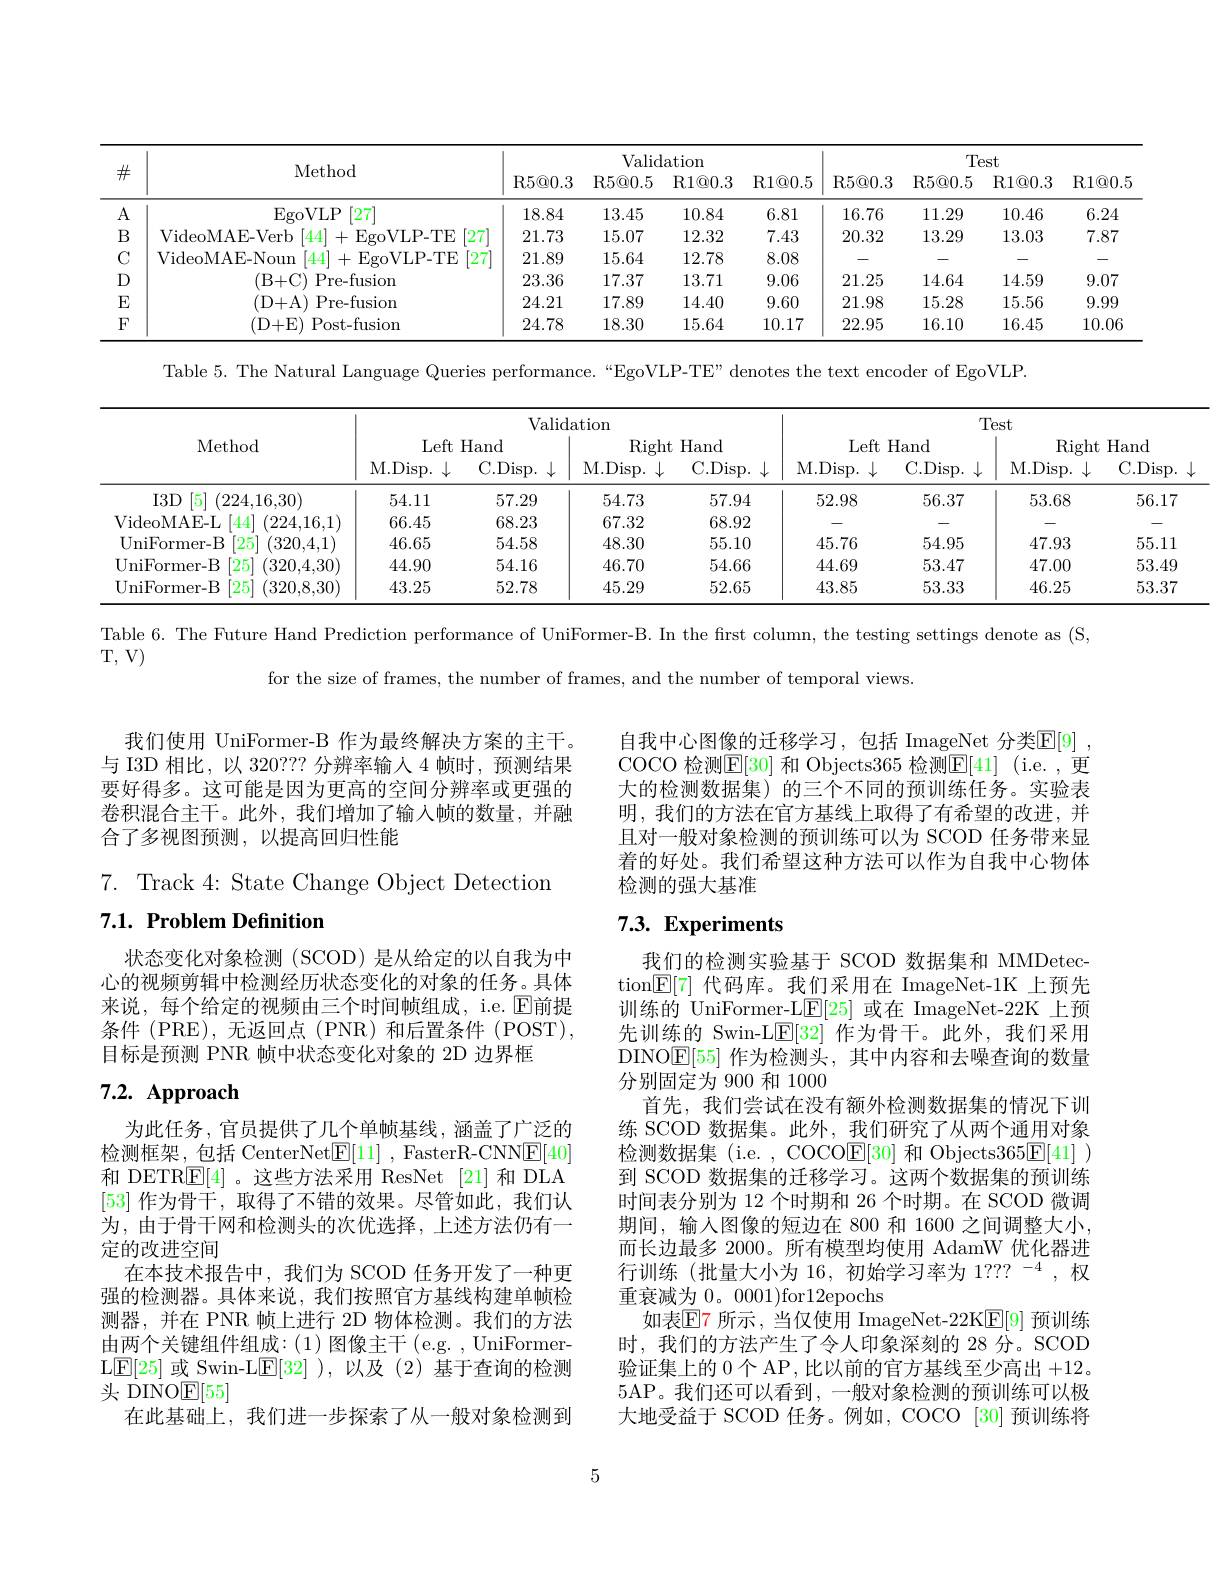
<table>
	<tbody>
		<tr>
			<th rowspan="2">$\#$</th>
			<th rowspan="2">Method</th>
			<th colspan="4">Validation</th>
			<th colspan="4">Test</th>
		</tr>
		<tr>
			<th>${\mathrm{R5@0.3}}$</th>
			<th>R5@ 0. 5</th>
			<th>${\mathrm{R1@0.3}}$</th>
			<th>R1@ 0. 5</th>
			<th>${\mathrm{R5@0.3}}$</th>
			<th>R5@ 0. 5</th>
			<th>R1@ 0. 3</th>
			<th>R1@ 0. 5</th>
		</tr>
		<tr>
			<td>A</td>
			<td>EgoVLP $\left[27\right]$</td>
			<td>18.84</td>
			<td>13.45</td>
			<td>10.84</td>
			<td>6.81</td>
			<td>16.76</td>
			<td>11.29</td>
			<td>10.46</td>
			<td>6.24</td>
		</tr>
		<tr>
			<td>B</td>
			<td>444 .15 denMAE Verh VLP- TF $D_{-1}$ 27</td>
			<td>21.73</td>
			<td>15.07</td>
			<td>12.32</td>
			<td>7.43</td>
			<td>20.32</td>
			<td>13.29</td>
			<td>13.03</td>
			<td>7.87</td>
		</tr>
		<tr>
			<td>$C$ Y</td>
			<td>$eoMAE_{-}Nc$ oun AM $\mathrm{H}^{\prime}$ooV$\mathrm{L} _{\mathrm{P} }^{\prime }$H</td>
			<td>21.89</td>
			<td>15.64</td>
			<td>12.78</td>
			<td>8.08</td>
			<td> </td>
			<td> </td>
			<td> </td>
			<td> </td>
		</tr>
		<tr>
			<td>$D$</td>
			<td>Pre- fusion ( R+ ( C) </td>
			<td>23.36</td>
			<td>17.37</td>
			<td>13.71</td>
			<td>9.06</td>
			<td>21.25</td>
			<td>14.64</td>
			<td>14.59</td>
			<td>9.07</td>
		</tr>
		<tr>
			<td>E</td>
			<td>Pre- fusion (D+ A)</td>
			<td>24.21</td>
			<td>17.89</td>
			<td>14.40</td>
			<td>9.60</td>
			<td>21.98</td>
			<td>15.28</td>
			<td>15.56</td>
			<td>9.99</td>
		</tr>
		<tr>
			<td>$F$</td>
			<td>t- fusion $11+k$ Post</td>
			<td>24.78</td>
			<td>18.30</td>
			<td>15.64</td>
			<td>10.17</td>
			<td>22.95</td>
			<td>16.10</td>
			<td>16.45</td>
			<td>10.06</td>
		</tr>
	</tbody>
</table>

Table 5. The Natural Language Queries performance.“EgoVLP-TE” denotes the text encoder of EgoVLP.

<table>
	<tbody>
		<tr>
			<th rowspan="2">Method</th>
			<th colspan="4">Validation</th>
			<th colspan="4">Test</th>
		</tr>
		<tr>
			<th>Left M. Disp. $1.\downarrow$</th>
			<th>Hand C. Disp. $\downarrow$</th>
			<th>Right M. Disp. </th>
			<th>Hand C. Disp. 1.1.</th>
			<th>Left M. Disp. $\downarrow$</th>
			<th>Hand C. Disp. </th>
			<th>Right M. Disp. </th>
			<th>Hand C. Di</th>
		</tr>
		<tr>
			<td>$I3D$ $\left|5\right|$ (224,16,30)</td>
			<td>54.11</td>
			<td>57.29</td>
			<td>54.73</td>
			<td>57.94</td>
			<td>52.98</td>
			<td>56.37</td>
			<td>53.68</td>
			<td>56</td>
		</tr>
		<tr>
			<td>(224,16,1) VideoMAE-L [44]</td>
			<td>66.45</td>
			<td>68.23</td>
			<td>67.32</td>
			<td>68.92</td>
			<td> </td>
			<td> </td>
			<td> </td>
			<td> </td>
		</tr>
		<tr>
			<td>$\lceil25\rceil$ UniFormer- B (320,4,1)</td>
			<td>46.65</td>
			<td>54.58</td>
			<td>48.30</td>
			<td>55.10</td>
			<td>45.76</td>
			<td>54.95</td>
			<td>47.93</td>
			<td>55</td>
		</tr>
		<tr>
			<td>$[25^{\prime}$ UniFormer- B (320,4,30)</td>
			<td>44.90</td>
			<td>54.16</td>
			<td>46.70</td>
			<td>54.66</td>
			<td>44.69</td>
			<td>53.47</td>
			<td>47.00</td>
			<td>53</td>
		</tr>
		<tr>
			<td>$[25^{\prime}$ (320.8,30) UniFormer- B</td>
			<td>43.25</td>
			<td>52.78</td>
			<td>45.29</td>
			<td>52.65</td>
			<td>43.85</td>
			<td>53.33</td>
			<td>46.25</td>
			<td>53</td>
		</tr>
	</tbody>
</table>

Table 6. The Future Hand Prediction performance of UniFormer-B. In the first column, the testing settings denote as (S,

T, V)

for the size of frames, the number of frames, and the number of temporal views.

我们使用 UniFormer-B 作为最终解决方案的主干。与 I3D 相比，以 320??? 分辨率输人 4 帧时，预测结果要好得多。这可能是因为更高的空间分辨率或更强的卷积混合主干。此外，我们增加了输入帧的数量，并融合了多视图预测，以提高回归性能

自我中心图像的迁移学习，包括 ImageNet 分类$\mathbb{E}[9]$ COCO 检测$\overline{\mathrm{E}}[30]$ 和 Objects365 检测$\underline{\mathrm{E}}[41]$ (i.e.,更大的检测数据集)的三个不同的预训练任务。实验表明，我们的方法在官方基线上取得了有希望的改进，并且对一般对象检测的预训练可以为 SCOD 任务带来显着的好处。我们希望这种方法可以作为自我中心物体检测的强大基准

7. Track 4:State Change Object Detection
## 7.1. Problem Definition

# 7.3. Experiments

状态变化对象检测(SCOD)是从给定的以自我为中心的视频剪辑中检测经历状态变化的对象的任务。具体来说，每个给定的视频由三个时间帧组成，i.e. $\mathbb{E}$前提条件 (PRE),无返回点 (PNR)和后置条件 (POST), 目标是预测 PNR 帧中状态变化对象的 2D 边界框

# 7.2. Approach

我们的检测实验基于 SCOD 数据集和 MMDetection$\boxed{\mathbb{E}}[7]$代码库。我们采用在 ImageNet-1K 上预先训练的 UniFormer-L$\mathbb{E}[25]$或在 ImageNet-22K 上预先训练的 Swin-L$\underline{\mathrm{E}}[32]$作为骨干。此外，我们采用DINO$\mathbb{E}[55]$作为检测头，其中内容和去噪查询的数量分别固定为 900 和 1000
首先，我们尝试在没有额外检测数据集的情况下训练 SCOD 数据集。此外，我们研究了从两个通用对象检测数据集 (i.e. , COCO$\boxed{\mathrm{E}}[30]$和 Objects$365\boxed{\mathrm{F}}[41]$ ) 到 SCOD 数据集的迁移学习。这两个数据集的预训练时间表分别为 12 个时期和 26 个时期。在 SCOD 微调期间，输人图像的短边在 800 和 1600 之间调整大小， 而长边最多 2000。所有模型均使用 AdamW 优化器进行训练(批量大小为 16,初始学习率为 1??? $^-4$,权重衰减为0。0001)for12epochs
如表$\mathbb{E}$7 所示，当仅使用 ImageNet-22K$\mathbb{E}[9]$ 预训练时，我们的方法产生了令人印象深刻的 28 分。SCOD 验证集上的 0 个 AP , 比以前的官方基线至少高出+12。5AP。我们还可以看到，一般对象检测的预训练可以极大地受益于 SCOD 任务。例如，COCO [30] 预训练将

为此任务，官员提供了几个单帧基线，涵盖了广泛的检测框架，包括 CenterNet$\underline {\mathrm{E} }[ 11]$ , FasterR-CNN$\underline{\mathrm{E}}[40]$ 和 DETR$\boxed{\mathrm{E}}[4]$ 。这些方法采用 ResNet [21]和 DLA [53]作为骨干，取得了不错的效果。尽管如此，我们认为，由于骨干网和检测头的次优选择，上述方法仍有一定的改进空间
在本技术报告中，我们为 SCOD 任务开发了一种更强的检测器。具体来说，我们按照官方基线构建单帧检测器，并在 PNR 帧上进行 2D 物体检测。我们的方法由两个关键组件组成：(1)图像主干(e.g. UniFormer- L$\boxed{\mathrm{F}}[25]$或 Swin-L$\boxed{\mathrm{E}}[32]$ ),以及(2)基于查询的检测${\text{头 DINOE[55]}}$
在此基础上，我们进一步探索了从一般对象检测到

5